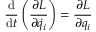
{ \frac { \mathrm { d } } { \mathrm { d } t } } \left( { \frac { \partial L } { \partial { \dot { q } } _ { i } } } \right) = { \frac { \partial L } { \partial q _ { i } } }